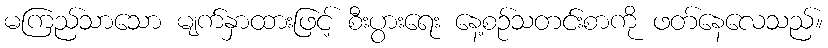
မကြည်သာသော မျက်နှာထားဖြင့် စီးပွားရေး နေ့စဉ်သတင်းစာကို ဖတ်နေလေသည်။